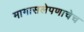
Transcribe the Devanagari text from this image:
मागासलेपणाचेच